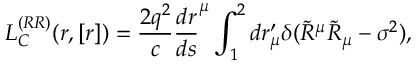
L _ { C } ^ { ( R R ) } ( r , \left[ r \right] ) = \frac { 2 q ^ { 2 } } { c } \frac { d r } { d s } ^ { \mu } \int _ { 1 } ^ { 2 } d r _ { \mu } ^ { \prime } \delta ( \widetilde { R } ^ { \mu } \widetilde { R } _ { \mu } - \sigma ^ { 2 } ) ,